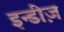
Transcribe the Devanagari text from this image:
इन्डीज़